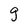
Character: g